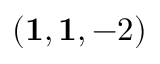
( \mathbf { 1 } , \mathbf { 1 } , - 2 )